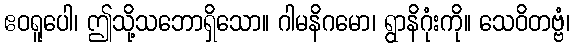
ဧဝရူပေါ၊ ဤသို့သဘောရှိသော။ ဂါမနိဂမော၊ ရွာနိဂုံးကို။ သေဝိတဗ္ဗံ၊